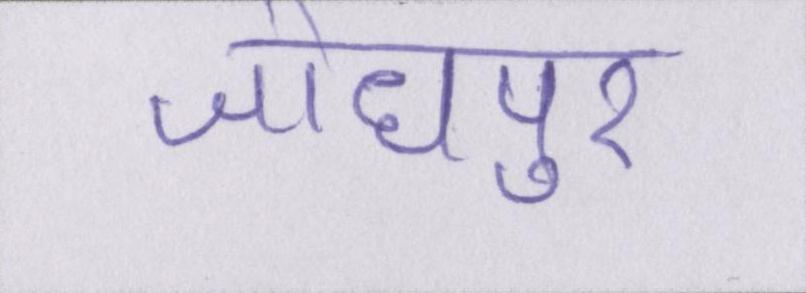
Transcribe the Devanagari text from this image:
जोधपुर